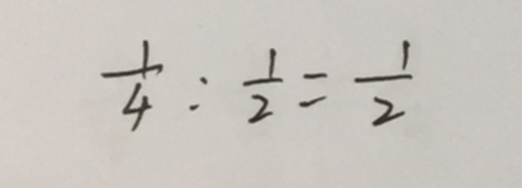
\frac { 1 } { 4 } : \frac { 1 } { 2 } = \frac { 1 } { 2 }